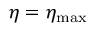
\eta = \eta _ { \mathrm { m a x } }